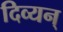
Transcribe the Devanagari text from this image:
दिव्यन्